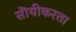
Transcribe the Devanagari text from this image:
सॊयीकरता